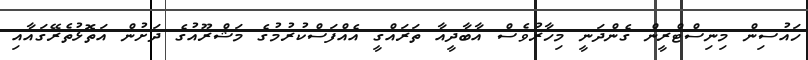
ހައުސިން މިނިސްޓްރީން ގެންދަނީ މިހާރުވެސް އާބާދީއާ ތަރައްގީ އެއްފަސްކުރުމުގެ މަޝްރޫއުގެ ދަށުން އަތޮޅުތެރޭގައާއި